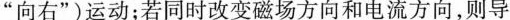
”向右”)运动；若同时改变磁场方向和电流方向，则导